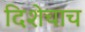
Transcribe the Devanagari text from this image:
दिशेचाच